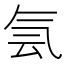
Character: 𰚼